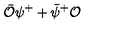
\bar { \mathcal O } \psi ^ { + } + \bar { \psi } ^ { + } { \mathcal O }